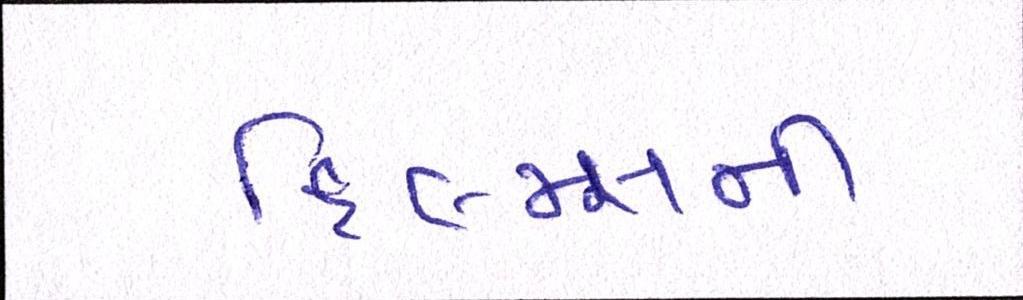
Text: ફિલ્મ્સની